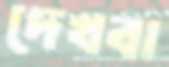
দেখবা